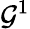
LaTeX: \mathcal{G}^{1}